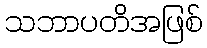
သဘာပတိအဖြစ်